Report on horse surra - Volume I
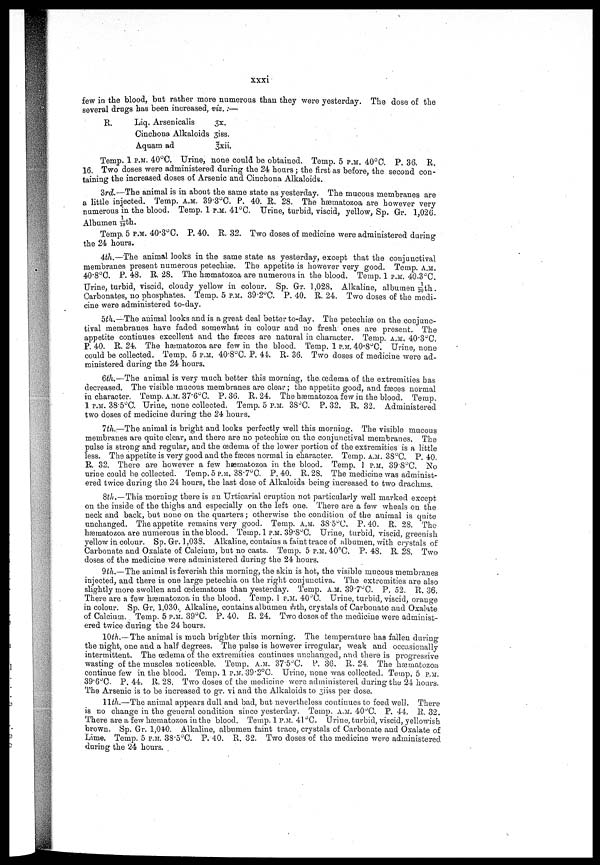
xxxi
few in the blood, but rather more numerous than they were yesterday. The dose of the
several drugs has been increased, viz.:—
R.
Liq. Arsenicalis
3x.
Cinchona Alkaloids 3iss.
Aquam ad
3xii.
Temp. 1 P.M. 40°C. Urine, none could be obtained. Temp. 5 P.M. 40°C. P. 36. R.
16. Two doses were administered during the 24 hours; the first as before, the second con-
taining the increased doses of Arsenic and Cinchona Alkaloids.
3rd—The animal is in about the same state as yesterday. The mucous membranes are
a little injected. Temp. A.M. 39.3°C. P. 40. R. 28. The hæmatozoa are however very
numerous in the blood. Temp. 1 P.M. 41°C. Urine, turbid, viscid, yellow, Sp. Gr. 1,026.
Albumen 13 th.
Temp. 5 P.M. 40.3°C. P. 40. R. 32. Two doses of medicine were administered during
the 24 hours.
4th.—The animal looks in the same state as yesterday, except that the conjunctival
membranes present numerous petechiæ. The appetite is however very good. Temp. A.M.
40.8°C. P. 48. R. 28. The hæmatozoa are numerous in the blood. Temp. 1 P.M. 40.3°C.
Urine, turbid, viscid, cloudy yellow in colour. Sp. Gr. 1,028. Alkaline, albumen 55th.
Carbonates, no phosphates. Temp. 5 P.M. 39.2°C. P. 40. R. 24. Two doses of the medi-
cine were administered to-day.
5th.—The animal looks and is a great deal better to-day. The petechiæ on the conjunc-
tival membranes have faded somewhat in colour and no fresh ones are present. The
appetite continues excellent and the fasces are natural in character. Temp. A.M. 40.3°C.
P. 40. R. 24. The hæmatozoa are few in the blood. Temp. 1 P.M. 40.8 o C. Urine, none
could be collected. Temp. 5 P.M. 40.8°C. P. 44. R. 36. Two doses of medicine were ad-
ministered during the 24 hours.
6th.—The animal is very much better this morning, the, œdema of the extremities has
decreased. The visible mucous membranes are clear; the appetite good, and fæces normal
in character. Temp. A.M. 37.6°C. P. 36. R. 24. The hæmatozoa few in the blood. Temp,
1 P.M. 38.5°C. Urine, none collected. Temp. 5 P.M. 38.C. P. 32. R. 32. Administered
two doses of medicine during the 24 hours.
1th.—The animal is bright and looks perfectly well this morning. The visible mucous
membranes are quite clear, and there are no petechiæ on the conjunctival membranes. The
pulse is strong and regular, and the œdema of the lower portion of the extremities is a little
less. The appetite is very good and the fæces normal in character. Temp. A.M. 38°C P. 40.
R. 32. There are however a few hæmatozoa in the blood. Temp. 1 P.M. 39.8°C. No
urine could be collected. Temp. 5 P.M. 38.7°0. P. 40. R. 28. The medicine was administ-
ered twice during the 24 hours, the last dose of Alkaloids being increased to two drachms.
8th.—This morning there is an Urticarial eruption not particularly well marked except
on the inside of the thighs and especially on the left one. There are a few wheals on the
neck and back, but none on the quarters; otherwise the condition of the animal is quite
unchanged. The appetite remains very good. Temp. A.M. 38.5°C, P. 40. R. 28. The
hæmatozoa are numerous in the blood. Temp. 1 P.M. 39.8°C. Urine, turbid, viscid, greenish
yellow in colour. Sp. Gr. 1,038. Alkaline, contains a faint trace of albumen, with crystals of
Carbonate and Oxalate of Calcium, but no casts. Temp. 5 P.M. 40°C. P. 48. R. 28. Two
doses of the medicine were administered during the 24 hours.
9th.—The animal is feverish this morning, the skin is hot, the visible mucous membranes
injected, and there is one large petechia on the right conjunctiva. The extremities are also
slightly more swollen and œdematous than yesterda,y. Temp. A.M. 39.7°C. P. 52. R. 36.
There are a few hæmatozoa in the blood. Temp. 1 P.M. 40°C. Urine, turbid, viscid, orange
in colour. Sp. Gr. 1,030. Alkaline, contains albumen 1/30th, crystals of Carbonate and Oxalate
of Calcium. Temp. 5 P.M. 39°C. P. 40. R. 24. Two doses of the medicine were administ-
ered twice during the 24 hours.
10th.—The animal is much brighter this morning. The temperature has fallen during
the night, one and a half degrees. The pulse is however irregular, weak and occasionally
intermittent. The œdema of the extremities continues unchanged, and there is progressive
wasting of the muscles noticeable. Temp. A.M. 37.5°C. P. 36. R. 24. The hæmatozoa
continue few in the blood. Temp. 1 P.M. 39.2°C. Urine, none was collected. Temp. 5 P.M.
39.6°C P. 44. R. 28. Two doses of the medicine were administered during the 24 hours.
The Arsenic is to be increased to gr. vi and the Alkaloids to 3iiss per dose.
11th.—The animal appears dull and bad, but nevertheless continues to feed well. There
is no change in the geueral condition since yesterday. Temp. A.M. 40°C. P. 44. R. 32.
There are a few hæmatozoa in the blood. Temp. 1 P.M. 41°C. Urine, turbid, viscid, yellowish
brown. Sp. Gr. 1,040. Alkaline, albumen faint trace, crystals of Carbonate and Oxalate of
Lime. Temp. 5 P.M. 38.5°C. P. 40. R. 32. Two doses of the medicine were administered
during the 24 hours.